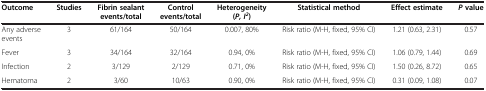
<table><thead><tr><td><b>Outcome</b></td><td><b>Studies</b></td><td><b>Fibrin sealant events/total</b></td><td><b>Control events/total</b></td><td><b>Heterogeneity (<i>P, I</i><sup><i>2</i></sup>)</b></td><td><b>Statistical method</b></td><td><b>Effect estimate</b></td><td><b><i>P </i>value</b></td></tr></thead><tbody><tr><td>Any adverse events</td><td>3</td><td>61/164</td><td>50/164</td><td>0.007, 80%</td><td>Risk ratio (M-H, fixed, 95% CI)</td><td>1.21 (0.63, 2.31)</td><td>0.57</td></tr><tr><td>Fever</td><td>3</td><td>34/164</td><td>32/164</td><td>0.94, 0%</td><td>Risk ratio (M-H, fixed, 95% CI)</td><td>1.06 (0.79, 1.44)</td><td>0.69</td></tr><tr><td>Infection</td><td>2</td><td>3/129</td><td>2/129</td><td>0.71, 0%</td><td>Risk ratio (M-H, fixed, 95% CI)</td><td>1.50 (0.26, 8.72)</td><td>0.65</td></tr><tr><td>Hematoma</td><td>2</td><td>3/60</td><td>10/63</td><td>0.90, 0%</td><td>Risk ratio (M-H, fixed, 95% CI)</td><td>0.31 (0.09, 1.08)</td><td>0.07</td></tr></tbody></table>